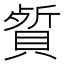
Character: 𬥡